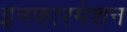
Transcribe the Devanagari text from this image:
इनफारमेशन